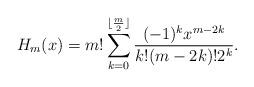
LaTeX: \begin{align*} H_{m}(x)=m! \sum_{k=0}^{\lfloor \frac{m}{2}\rfloor} \frac{(-1)^k x^{m-2k}}{ k!(m-2k)! 2^k}.\end{align*}